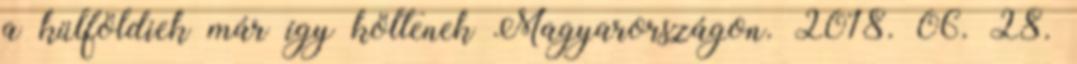
a külföldiek már így költenek Magyarországon. 2018. 06. 28.